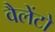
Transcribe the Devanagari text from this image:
वैलेंटो